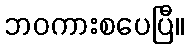
ဘဝကားစပေပြီ။